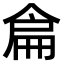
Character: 𠋅